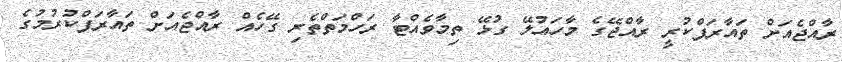
ރާއްޖެއަށް ތައާރަފްކުރީ ރާއްޖޭގެ މާހައުލޭ ގުޅޭ ތިމާވެއްޓާ ރަހްމަތްތެރި ގޭހެއް ރާއްޖެއަށް ތައާރަފްކުރުމުގެ